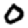
Digit: 0